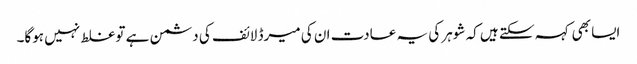
ایسا بھی کہہ سکتے ہیں کہ شوہر کی یہ عادت ان کی میرڈ لائف کی دشمن ہے تو غلط نہیں ہوگا۔